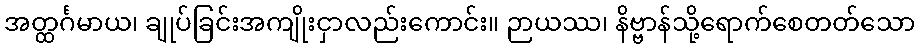
အတ္ထင်္ဂမာယ၊ ချုပ်ခြင်းအကျိုးငှာလည်းကောင်း။ ဉာယဿ၊ နိဗ္ဗာန်သို့ရောက်စေတတ်သော